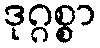
ဒုဂ္ဂစ္စာ